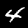
Label: 4